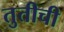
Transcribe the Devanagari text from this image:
तुतीची